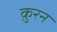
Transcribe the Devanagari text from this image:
क़ुरन